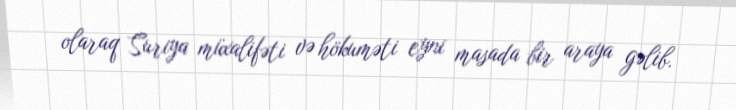
olaraq Suriya müxalifəti və hökuməti eyni masada bir araya gəlib.